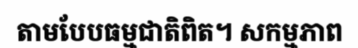
តាមបែបធម្មជាតិពិត។ សកម្មភាព